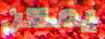
يمكن